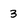
Character: 3